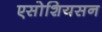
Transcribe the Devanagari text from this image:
एसोशियसन